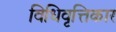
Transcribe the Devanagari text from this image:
विधिवृत्तिकार